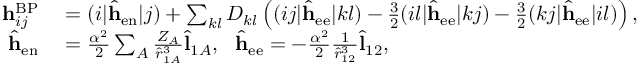
\begin{array} { r l } { \mathbf { h } _ { i j } ^ { \mathrm { B P } } } & { { } = ( i | \hat { \mathbf { h } } _ { \mathrm { e n } } | j ) + \sum _ { k l } D _ { k l } \left( ( i j | \hat { \mathbf { h } } _ { \mathrm { e e } } | k l ) - \frac { 3 } { 2 } ( i l | \hat { \mathbf { h } } _ { \mathrm { e e } } | k j ) - \frac { 3 } { 2 } ( k j | \hat { \mathbf { h } } _ { \mathrm { e e } } | i l ) \right) , } \\ { \hat { \mathbf { h } } _ { \mathrm { e n } } } & { { } = \frac { \alpha ^ { 2 } } { 2 } \sum _ { A } \frac { Z _ { A } } { \hat { r } _ { 1 A } ^ { 3 } } \hat { \mathbf { l } } _ { 1 A } , \ \ \hat { \mathbf { h } } _ { \mathrm { e e } } = - \frac { \alpha ^ { 2 } } { 2 } \frac { 1 } { \hat { r } _ { 1 2 } ^ { 3 } } \hat { \mathbf { l } } _ { 1 2 } , } \end{array}